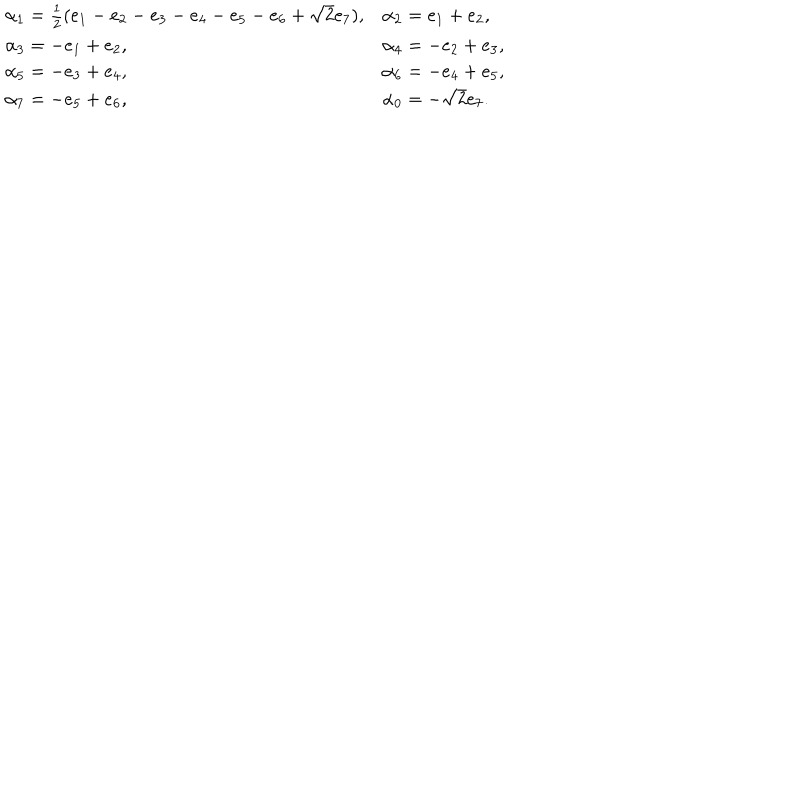
\begin{array} { l l } { { \alpha _ { 1 } = { \frac { 1 } { 2 } } ( e _ { 1 } - e _ { 2 } - e _ { 3 } - e _ { 4 } - e _ { 5 } - e _ { 6 } + \sqrt 2 e _ { 7 } ) , } } & { { \alpha _ { 2 } = e _ { 1 } + e _ { 2 } , } } \\ { { \alpha _ { 3 } = - e _ { 1 } + e _ { 2 } , } } & { { \alpha _ { 4 } = - e _ { 2 } + e _ { 3 } , } } \\ { { \alpha _ { 5 } = - e _ { 3 } + e _ { 4 } , } } & { { \alpha _ { 6 } = - e _ { 4 } + e _ { 5 } , } } \\ { { \alpha _ { 7 } = - e _ { 5 } + e _ { 6 } , } } & { { \alpha _ { 0 } = - \sqrt { 2 } e _ { 7 } . } } \\ \end{array}